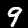
Digit: 9